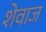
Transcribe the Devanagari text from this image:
शेवाज